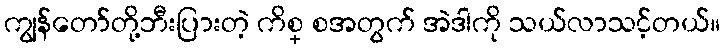
ကျွန်တော်တို့ဘီးပြားတဲ့ ကိစ္ စအတွက် အဲဒါကို သယ်လာသင့်တယ်။